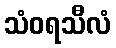
သံဝရသီလံ